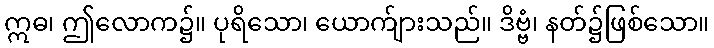
ဣဓ၊ ဤလောက၌။ ပုရိသော၊ ယောက်ျားသည်။ ဒိဗ္ဗံ၊ နတ်၌ဖြစ်သော။